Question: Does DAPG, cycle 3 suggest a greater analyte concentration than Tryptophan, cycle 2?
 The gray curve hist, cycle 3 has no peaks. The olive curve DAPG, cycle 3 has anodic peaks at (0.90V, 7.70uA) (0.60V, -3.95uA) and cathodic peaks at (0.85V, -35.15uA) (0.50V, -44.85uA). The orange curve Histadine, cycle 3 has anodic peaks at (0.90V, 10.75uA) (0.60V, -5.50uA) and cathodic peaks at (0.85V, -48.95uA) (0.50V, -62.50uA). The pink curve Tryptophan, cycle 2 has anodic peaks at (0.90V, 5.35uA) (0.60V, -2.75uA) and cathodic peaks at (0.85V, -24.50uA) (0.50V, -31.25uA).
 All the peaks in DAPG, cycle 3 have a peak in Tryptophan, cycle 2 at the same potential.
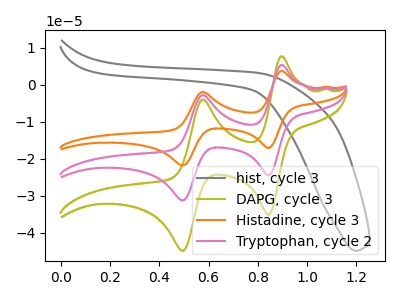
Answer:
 <answer>I cant tell if "DAPG, cycle 3" or "Tryptophan, cycle 2" has more signal.</answer>
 <eval>mixed_signal</eval>